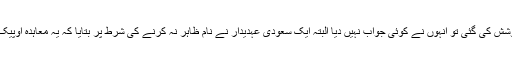
جب سعودی حکومت کے متعلقہ حکام سے اس سلسلے میں رابطے کی کوشش کی گئی تو انہوں نے کوئی جواب نہیں دیا البتہ ایک سعودی عہدیدار نے نام ظاہر نہ کرنے کی شرط پر بتایا کہ یہ معاہدہ اوپیک اور تیل پیدا کرنے والے تمام ممالک کی خواہشات کی ترجمانی کرتا ہے۔